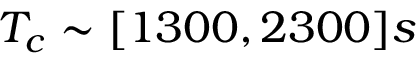
T _ { c } \sim [ 1 3 0 0 , 2 3 0 0 ] s